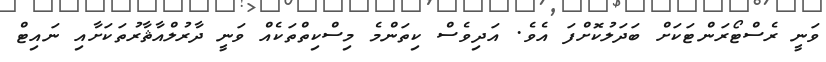
ވަނީ ރެސްޓޯރަންޓަކަށް ބަދަލުކޮށްފަ އެވެ. އަދިވެސް ކިތަންމެ މިސްކިތްތަކެއް ވަނީ ދާރުލްއާޘާރުތަކަށާއި ނައިޓް